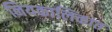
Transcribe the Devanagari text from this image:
नियकालिकात